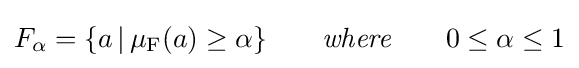
F_{\alpha }=\{a\,\vert \,\mu _{\rm {F}}(a)\geq \alpha \}\qquad {\textit {where}}\qquad 0\leq \alpha \leq 1